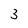
Character: 3